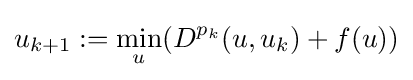
u_{k+1}:=\min _{u}(D^{p_{k}}(u,u_{k})+f(u))